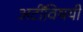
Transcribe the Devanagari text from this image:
अटींविषयी